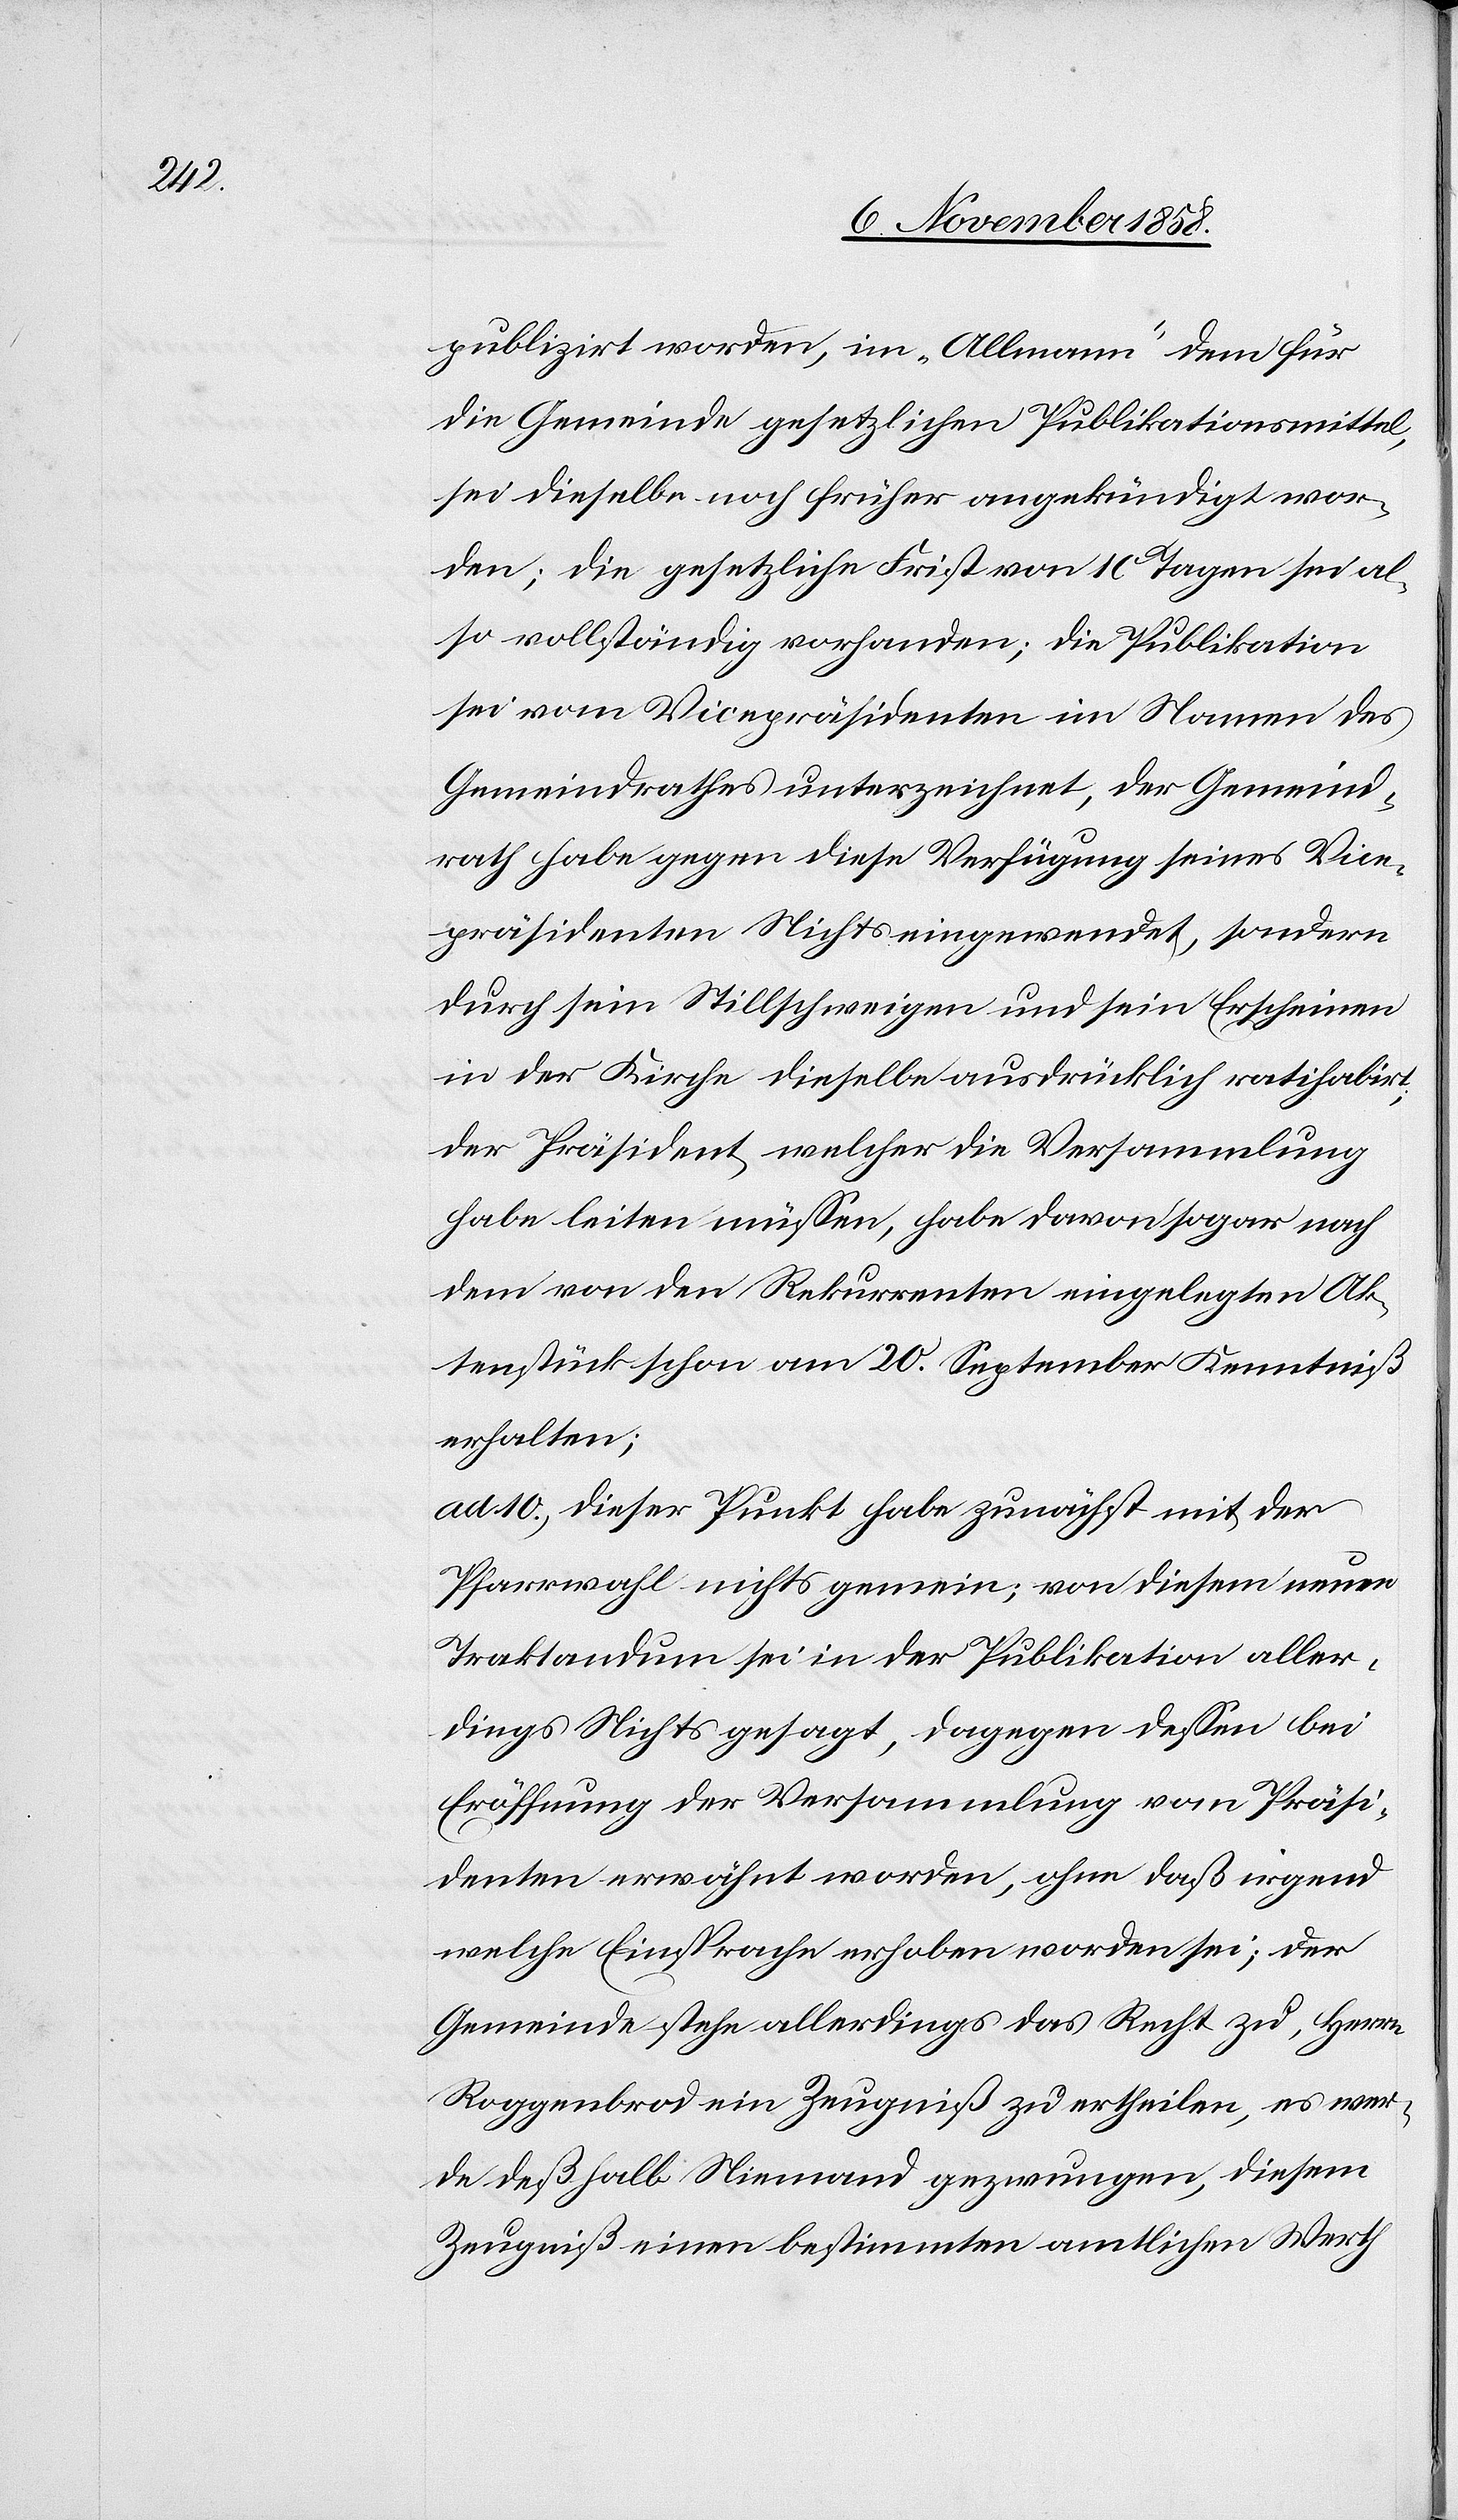
publizirt worden, im „Allmann“ dem für
die Gemeinde gesetzlichen Publikationsmittel,
sei dieselbe noch früher angekündigt wor¬
den; die gesetzliche Frist von 10 Tagen sei al¬
so vollständig vorhanden; die Publikation
sei vom Vicepräsidenten im Namen des
Gemeindrathes unterzeichnet, der Gemeind¬
rath habe gegen diese Verfügung seines Vice¬
präsidenten Nichts eingewendet, sondern
durch sein Stillschweigen und sein Erscheinen
in der Kirche dieselbe ausdrücklich ratihabirt;
der Präsident, welcher die Versammlung
habe leiten müssen, habe davon sogar nach
dem von den Rekurrenten eingelegten Ak¬
tenstück schon am 20. September Kenntniß
erhalten;
ad 10.) dieser Punkt habe zunächst mit der
Pfarrwahl nichts gemein; von diesem neuen
Traktandum sei in der Publikation aller¬
dings Nichts gesagt, dagegen dessen bei
Eröffnung der Versammlung vom Präsi¬
denten erwähnt worden, ohne daß irgend
welche Einsprache erhoben worden sei; der
Gemeinde stehe allerdings das Recht zu, Herrn
Roggenbrod ein Zeugniß zu ertheilen, es wer¬
de deßhalb Niemand gezwungen, diesem
Zeugniß einen bestimmten amtlichen Werth